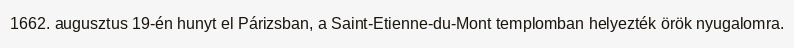
1662. augusztus 19-én hunyt el Párizsban, a Saint-Etienne-du-Mont templomban helyezték örök nyugalomra.